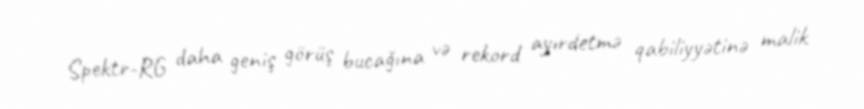
Spektr-RG daha geniş görüş bucağına və rekord ayırdetmə qabiliyyətinə malik